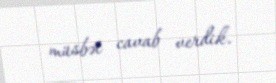
müsbət cavab verdik.